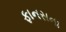
ફાનસના